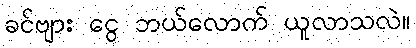
ခင်ဗျား ငွေ ဘယ်လောက် ယူလာသလဲ။